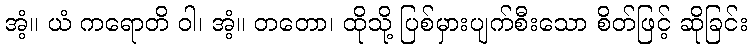
အံ့။ ယံ ကရောတိ ဝါ၊ အံ့။ တတော၊ ထိုသို့ ပြစ်မှားပျက်စီးသော စိတ်ဖြင့် ဆိုခြင်း